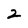
Character: 2